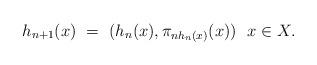
LaTeX: \begin{align*} h_{n+1}(x) \ = \ (h_n(x),\pi_{nh_n(x)}(x)) \ \ x \in X. \end{align*}